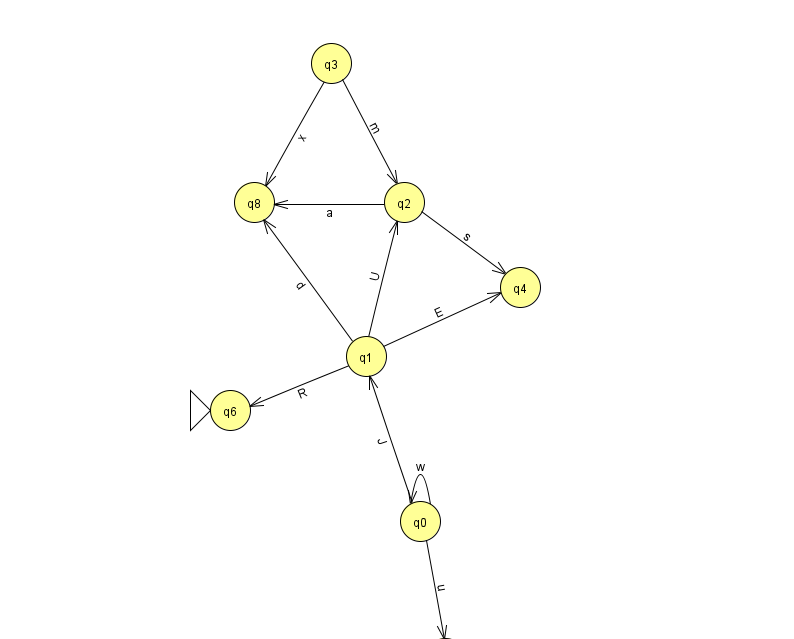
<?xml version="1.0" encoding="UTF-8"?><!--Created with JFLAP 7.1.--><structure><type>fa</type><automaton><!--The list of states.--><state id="0" name="q0"><x>420.0</x><y>508.0</y></state><state id="1" name="q1"><x>366.0</x><y>343.0</y></state><state id="2" name="q2"><x>404.0</x><y>189.0</y></state><state id="3" name="q3"><x>331.0</x><y>50.0</y></state><state id="4" name="q4"><x>520.0</x><y>274.0</y></state><state id="6" name="q6"><x>230.0</x><y>397.0</y><initial/></state><state id="7" name="q7"><x>445.0</x><y>645.0</y><final/></state><state id="8" name="q8"><x>254.0</x><y>189.0</y></state><!--The list of transitions.--><transition><from>1</from><to>8</to><read>d</read></transition><transition><from>0</from><to>7</to><read>u</read></transition><transition><from>2</from><to>4</to><read>s</read></transition><transition><from>1</from><to>4</to><read>E</read></transition><transition><from>1</from><to>2</to><read>U</read></transition><transition><from>2</from><to>8</to><read>a</read></transition><transition><from>0</from><to>0</to><read>w</read></transition><transition><from>1</from><to>6</to><read>R</read></transition><transition><from>3</from><to>8</to><read>x</read></transition><transition><from>3</from><to>2</to><read>m</read></transition><transition><from>0</from><to>1</to><read>J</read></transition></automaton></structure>